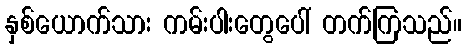
နှစ်ယောက်သား ကမ်းပါးတွေပေါ် တက်ကြသည်။